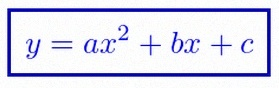
y=ax^2+bx+c